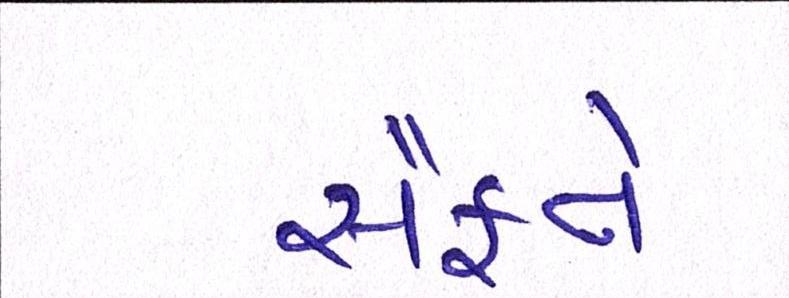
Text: સૈફને